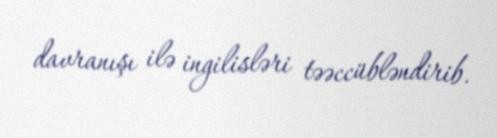
davranışı ilə ingilisləri təəccübləndirib.